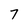
Character: 7